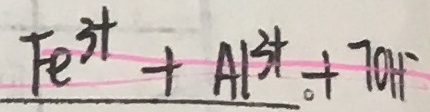
F e ^ { 3 + } + A l ^ { 3 + } + 7 O H ^ { - }